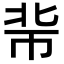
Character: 𢂖